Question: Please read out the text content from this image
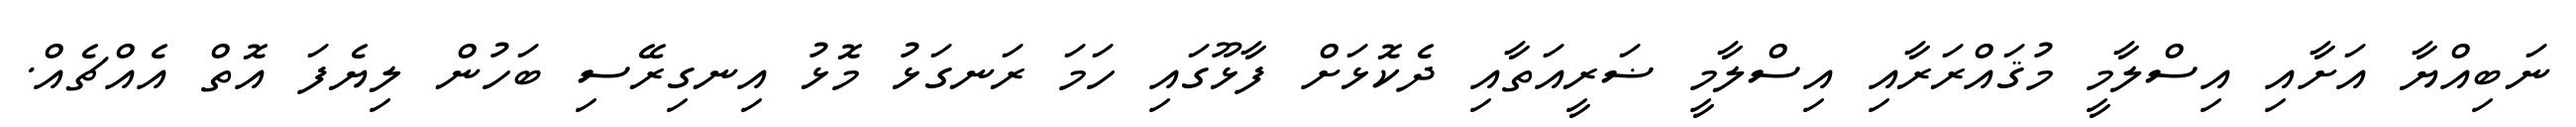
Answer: ނަބިއްޔާ އަށާއި އިސްލާމީ މުޤައްރަރާއި އިސްލާމީ ޟަރީއަތާއި ދެކޮޅަށް ފާޅޫގައި ހަމަ ރަނގަޅު މޮޅު އިނގިރޭސި ބަހުން ލިޔެފަ އޮތް އެއްޗެއް.